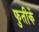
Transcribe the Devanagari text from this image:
फुतीकें